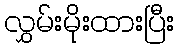
လွှမ်းမိုးထားပြီး